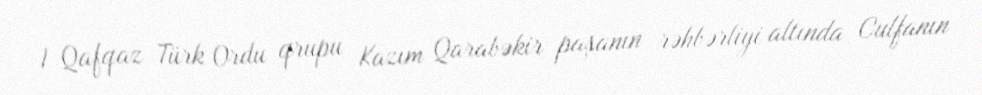
I Qafqaz Türk Ordu qrupu Kazım Qarabəkir paşanın rəhbərliyi altında Culfanın